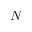
N